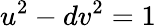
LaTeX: u^{2}-dv^{2}=1